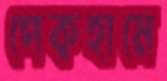
পেকহামে